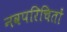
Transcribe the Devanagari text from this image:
नवपरिचितों